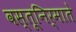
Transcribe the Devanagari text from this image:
वस्तूनिर्माते